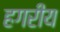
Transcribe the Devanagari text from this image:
हगरीय